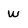
Character: w